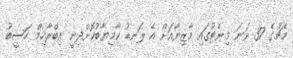
މެޗުގެ 37 ވަނަ މިނެޓުގައި މާޒިޔާއަށް އެ ލަނޑު ކާމިޔާބުކޮށްދިނީ އިބްރާހިމް ހަސީބު